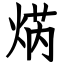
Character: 焫